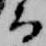
而